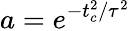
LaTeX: a=e^{-t_{c}^{2}/\tau^{2}}